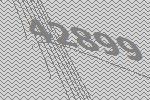
42899